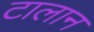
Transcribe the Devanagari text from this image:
टालान